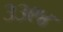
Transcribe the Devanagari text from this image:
३३९४